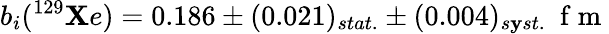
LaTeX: b_{i}(^{129}\mathbf{X}e)=0.186\pm(0.021)_{stat.}\pm(0.004)_{s\mathbf{y}st.}\space\mathrm{{~f~m~}}